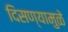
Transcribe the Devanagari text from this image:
दिसण्यामुळे